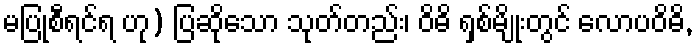
မပြုစီရင်ရ ဟု) ပြဆိုသော သုတ်တည်း၊ ဝိဓိ ရှစ်မျိုးတွင် လောပဝိဓိ,